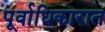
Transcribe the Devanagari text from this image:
पूर्वाधिकारात